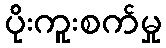
ပိုးကူးစက်မှု